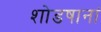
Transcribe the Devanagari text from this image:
शोडषानां